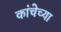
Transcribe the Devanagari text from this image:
कांचेच्या